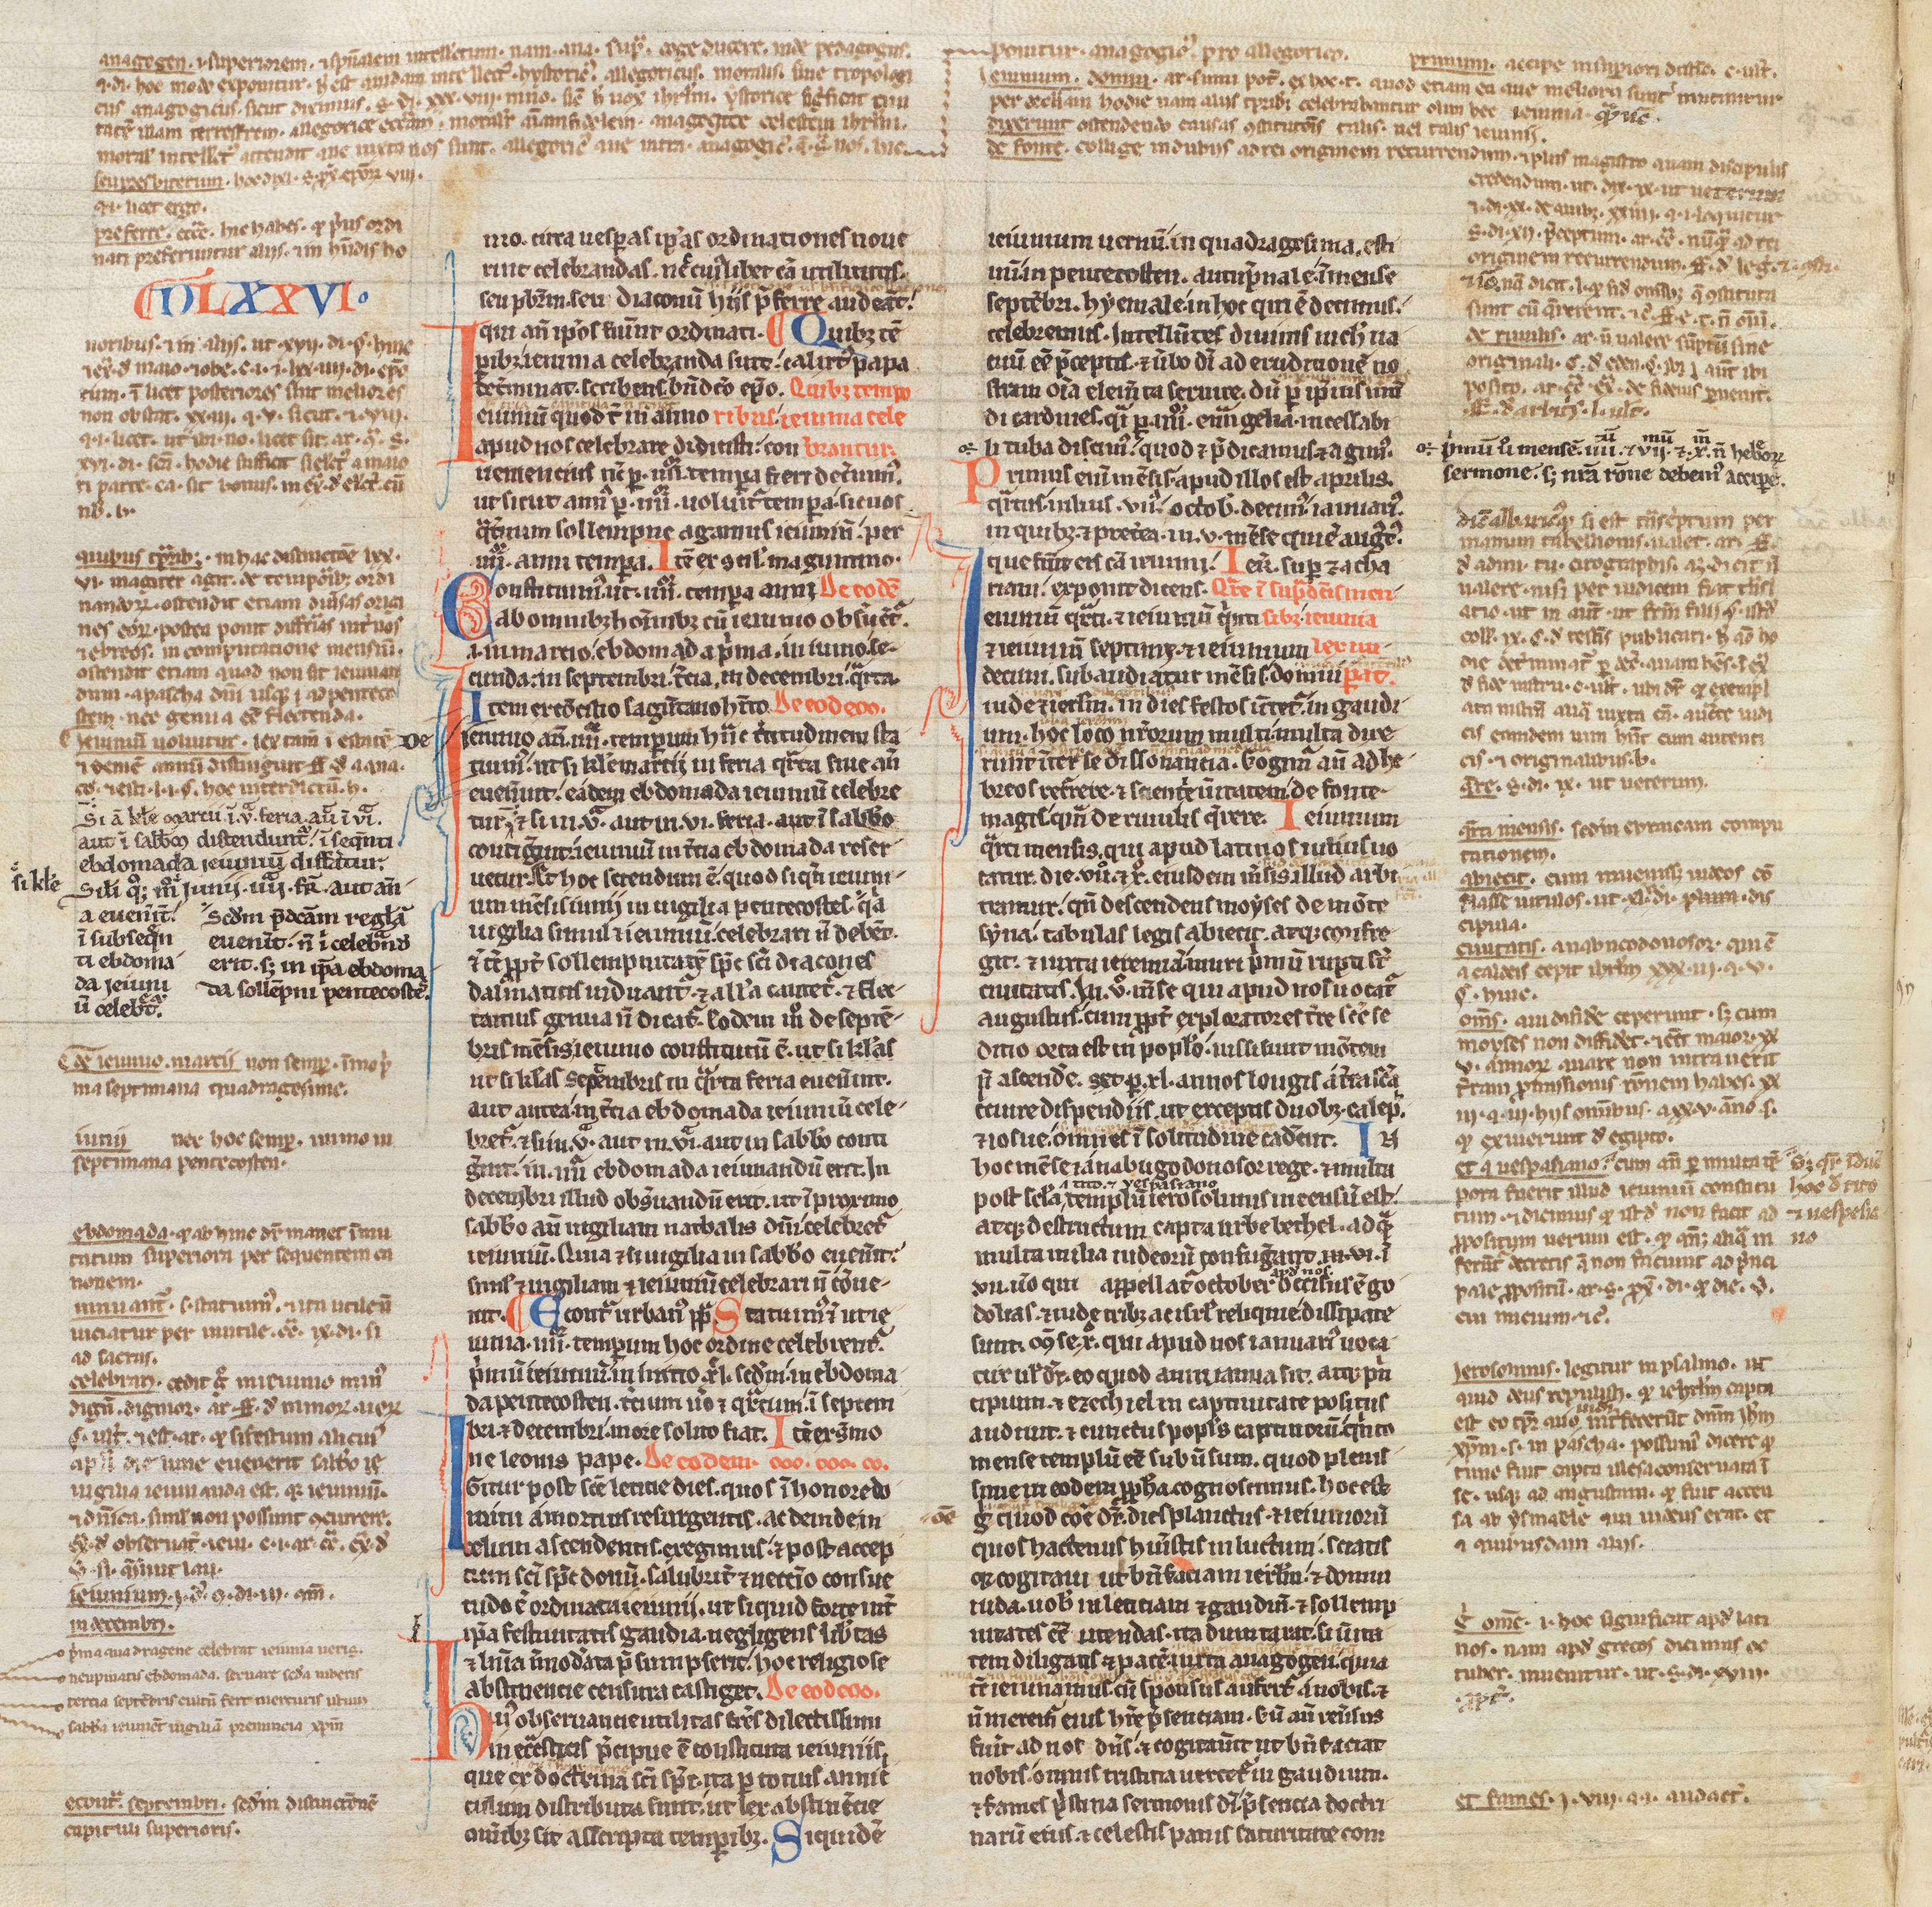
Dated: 1200–1249